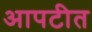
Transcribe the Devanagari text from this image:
आपटीत